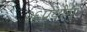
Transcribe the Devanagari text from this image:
२६प्रयोग